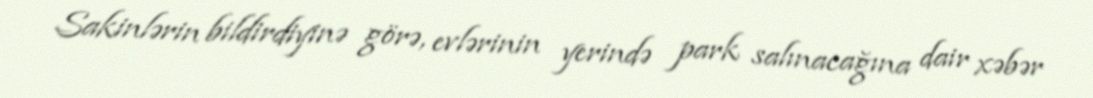
Sakinlərin bildirdiyinə görə, evlərinin yerində park salınacağına dair xəbər